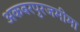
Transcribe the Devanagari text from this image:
अकबरपुरजमीमा